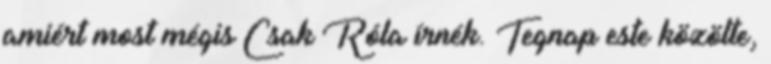
amiért most mégis Csak Róla írnék. Tegnap este közölte,